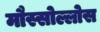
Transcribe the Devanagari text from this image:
मौस्सोल्लोस